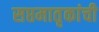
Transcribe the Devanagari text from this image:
सप्तमातृकांची